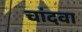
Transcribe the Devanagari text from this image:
चांदवा